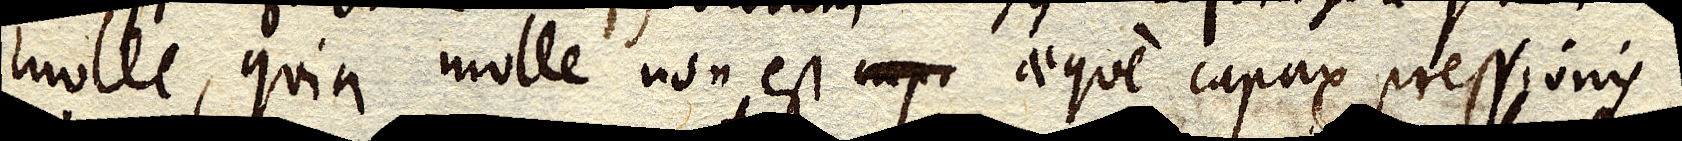
molle, quia molle non est aeque capax pressionis